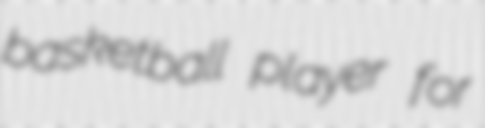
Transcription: basketball player for